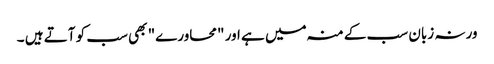
ورنہ زبان سب کے منہ میں ہے اور "محاورے" بھی سب کو آتے ہیں ۔